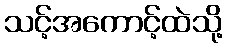
သင့်အကောင့်ထဲသို့